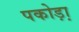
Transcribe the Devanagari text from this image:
पकोड़ा़